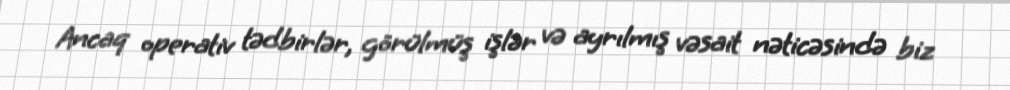
Ancaq operativ tədbirlər, görülmüş işlər və ayrılmış vəsait nəticəsində biz